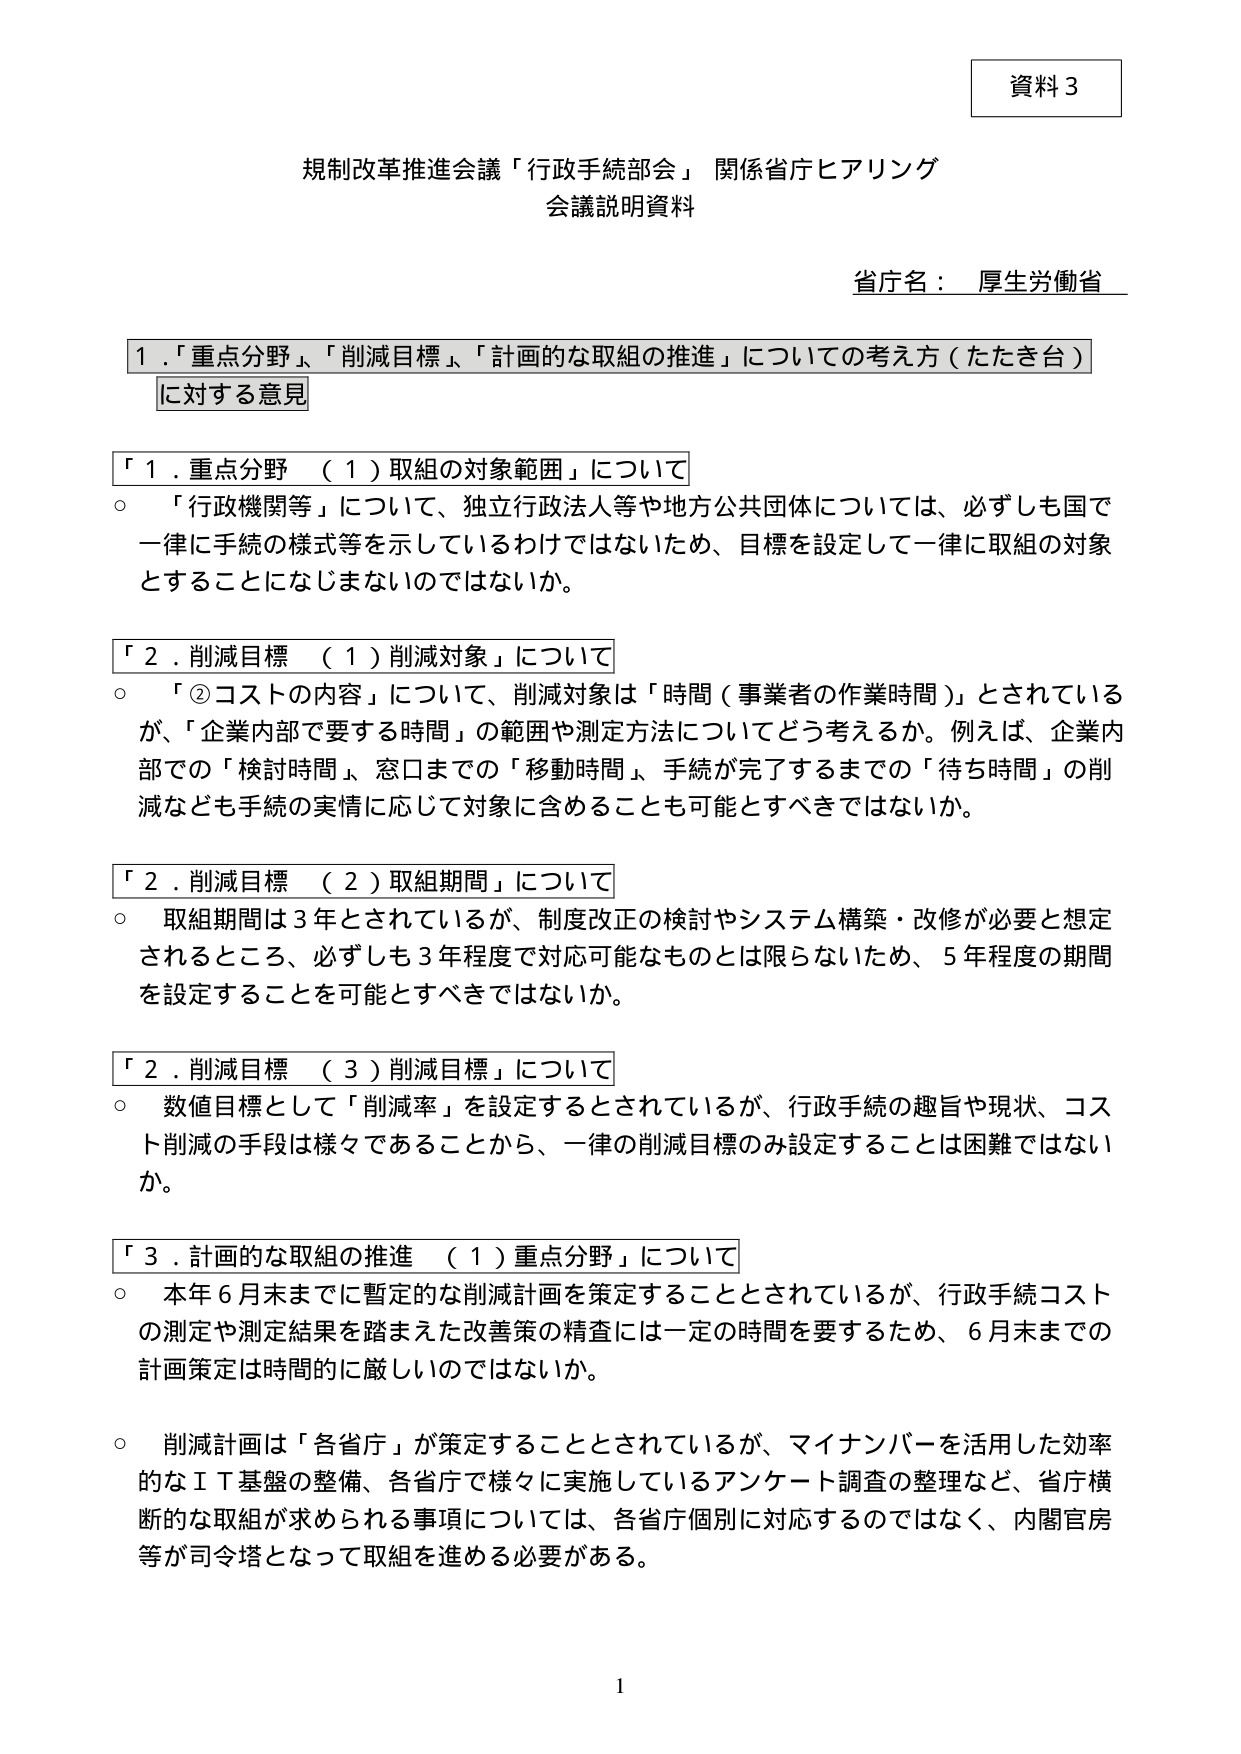
資料３

規制改革推進会議「行政手続部会」 関係省庁ヒアリング
会議説明資料

省庁名： 厚生労働省

１．「重点分野」、「削減目標」、「計画的な取組の推進」についての考え方（たたき台）
に対する意見

「１．重点分野 （１）取組の対象範囲」について
○ 「行政機関等」について、独立行政法人等や地方公共団体については、必ずしも国で一律に手続の様式等を示しているわけではないため、目標を設定して一律に取組の対象とすることになじまないのではないか。

「２．削減目標 （１）削減対象」について
○ 「②コストの内容」について、削減対象は「時間（事業者の作業時間）」とされているが、「企業内部で要する時間」の範囲や測定方法についてどう考えるか。例えば、企業内部での「検討時間」、窓口までの「移動時間」、手続が完了するまでの「待ち時間」の削減なども手続の実情に応じて対象に含めることも可能とすべきではないか。

「２．削減目標 （２）取組期間」について
○ 取組期間は３年とされているが、制度改正の検討やシステム構築・改修が必要と想定されるところ、必ずしも３年程度で対応可能なものは限らないため、５年程度の期間を設定することを可能とすべきではないか。

「２．削減目標 （３）削減目標」について
○ 数値目標として「削減率」を設定するとされているが、行政手続の趣旨や現状、コスト削減の手段は様々であることから、一律の削減目標のみ設定することは困難ではないか。

「３．計画的な取組の推進 （１）重点分野」について
○ 本年６月末までに暫定的な削減計画を策定することとされているが、行政手続コストの測定や測定結果を踏まえた改善策の精査には一定の時間を要するため、６月末までの計画策定は時間的に厳しいのではないか。
○ 削減計画は「各省庁」が策定することとされているが、マイナンバーを活用した効率的なＩＴ基盤の整備、各省庁で様々に実施しているアンケート調査の整理など、省庁横断的な取組が求められる事項については、各省庁個別に対応するのではなく、内閣官房等が司令塔となって取組を進める必要がある。

1